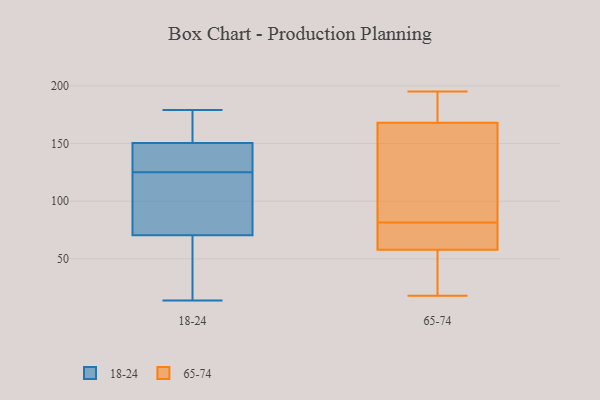
{"axis": {"x": "Customer Acquisition Cost (USD)", "y": "Value"}, "legend": ["18-24", "65-74"], "data": [{"x": "", "y": 178, "type": "18-24"}, {"x": "", "y": 27, "type": "18-24"}, {"x": "", "y": 125, "type": "18-24"}, {"x": "", "y": 132, "type": "18-24"}, {"x": "", "y": 101, "type": "18-24"}, {"x": "", "y": 149, "type": "18-24"}, {"x": "", "y": 72, "type": "18-24"}, {"x": "", "y": 140, "type": "18-24"}, {"x": "", "y": 179, "type": "18-24"}, {"x": "", "y": 56, "type": "18-24"}, {"x": "", "y": 175, "type": "18-24"}, {"x": "", "y": 159, "type": "18-24"}, {"x": "", "y": 151, "type": "18-24"}, {"x": "", "y": 117, "type": "18-24"}, {"x": "", "y": 136, "type": "18-24"}, {"x": "", "y": 70, "type": "18-24"}, {"x": "", "y": 14, "type": "18-24"}, {"x": "", "y": 14, "type": "18-24"}, {"x": "", "y": 103, "type": "18-24"}, {"x": "", "y": 18, "type": "65-74"}, {"x": "", "y": 56, "type": "65-74"}, {"x": "", "y": 168, "type": "65-74"}, {"x": "", "y": 186, "type": "65-74"}, {"x": "", "y": 58, "type": "65-74"}, {"x": "", "y": 92, "type": "65-74"}, {"x": "", "y": 195, "type": "65-74"}, {"x": "", "y": 34, "type": "65-74"}, {"x": "", "y": 102, "type": "65-74"}, {"x": "", "y": 59, "type": "65-74"}, {"x": "", "y": 119, "type": "65-74"}, {"x": "", "y": 60, "type": "65-74"}, {"x": "", "y": 180, "type": "65-74"}, {"x": "", "y": 71, "type": "65-74"}]}